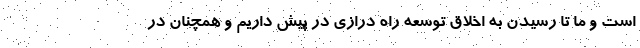
است و ما تا رسیدن به اخلاق توسعه راه درازی در پیش داریم و همچنان در